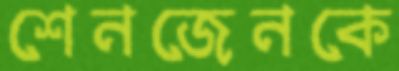
শেনজেনকে